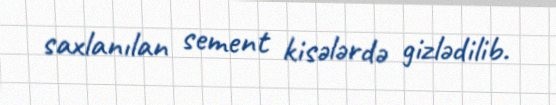
saxlanılan sement kisələrdə gizlədilib.